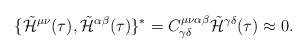
LaTeX: \begin{align*}\lbrace {\tilde {\cal H}}^{\mu\nu}(\tau ),{\tilde {\cal H}}^{\alpha\beta}(\tau )\rbrace {}^{*}=C^{\mu\nu\alpha\beta}_{\gamma\delta}{\tilde {\cal H}}^{\gamma\delta}(\tau )\approx 0.\end{align*}